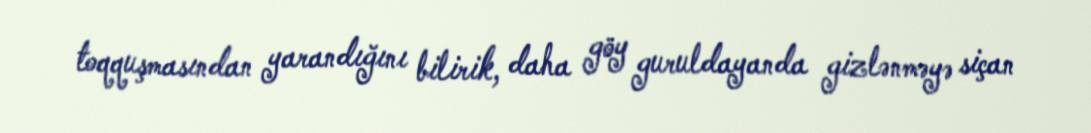
toqquşmasından yarandığını bilirik, daha göy guruldayanda gizlənməyə siçan